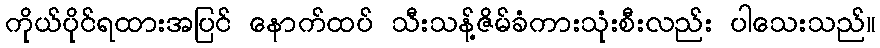
ကိုယ်ပိုင်ရထားအပြင် နောက်ထပ် သီးသန့်ဇိမ်ခံကားသုံးစီးလည်း ပါသေးသည်။